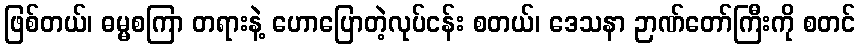
ဖြစ်တယ်၊ ဓမ္မစကြာ တရားနဲ့ ဟောပြောတဲ့လုပ်ငန်း စတယ်၊ ဒေသနာ ဉာဏ်တော်ကြီးကို စတင်